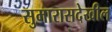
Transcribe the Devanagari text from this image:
सुमारासदेखील